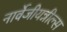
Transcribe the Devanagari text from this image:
नार्वेजीयन्नील्स